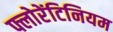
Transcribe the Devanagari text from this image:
फ्लोरेंटिनियम